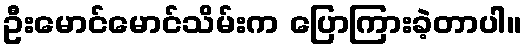
ဦးမောင်မောင်သိမ်းက ပြောကြားခဲ့တာပါ။